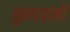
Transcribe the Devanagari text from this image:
तुकडय़ांनी